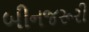
બીનજરૂરી